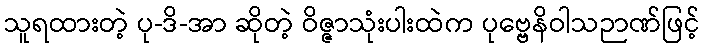
သူရထားတဲ့ ပု-ဒိ-အာ ဆိုတဲ့ ဝိဇ္ဇာသုံးပါးထဲက ပုဗ္ဗေနိဝါသဉာဏ်ဖြင့်